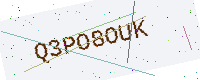
Text: Q3PO8OUK